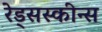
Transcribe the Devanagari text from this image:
रेड्सस्कीन्स